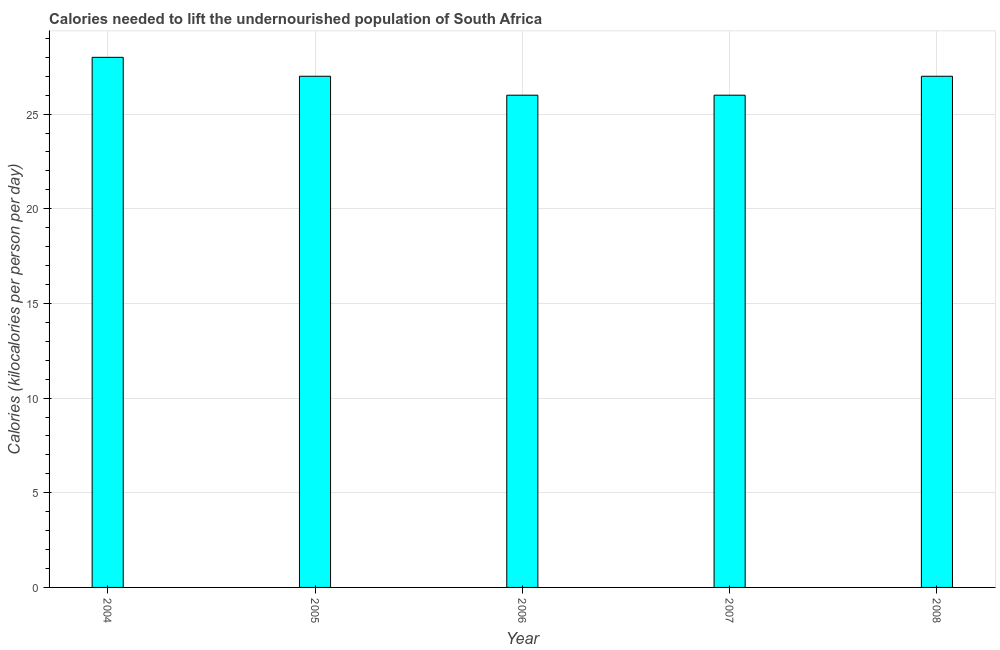
| Year | Depth of the food deficit |
 | --- | --- |
 | 2004 | 28 |
 | 2005 | 27 |
 | 2006 | 26 |
 | 2007 | 26 |
 | 2008 | 27 |